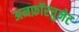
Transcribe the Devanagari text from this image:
अनफ़ॉरचुनेट